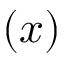
( x )